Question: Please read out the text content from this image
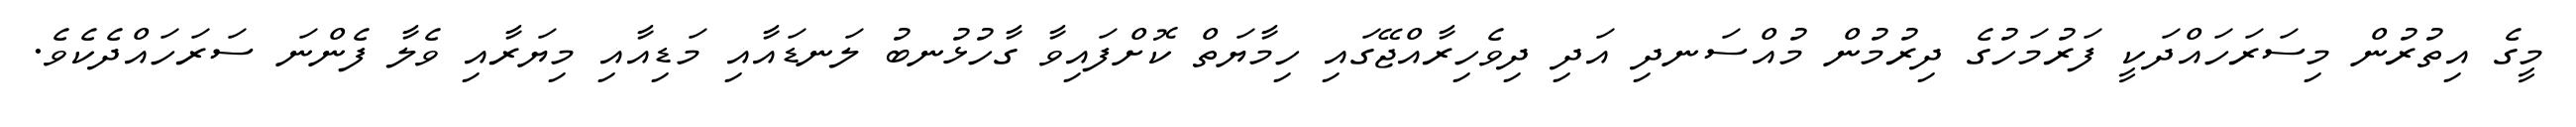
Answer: މީގެ އިތުރުން މިސަރަހައްދަކީ ފަރުމަހުގެ ދިރުމުން މުއްސަނދި އަދި ދިވެހިރާއްޖޭގައި ހިމާޔަތް ކޮށްފައިވާ ގާހުޅުނބު ލަނޑައާއި މަޑިއާއި މިޔަރާއި ވެލާ ފެންނަ ސަރަހައްދެކެވެ.